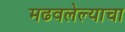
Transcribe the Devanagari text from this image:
मढवलेल्याचा